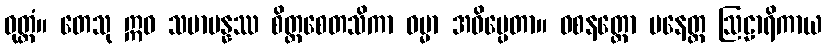
ဝုတ္တံ။ တေသု ဣဓ သမာပန္နဿ စိတ္တစေတသိကာ ဓမ္မာ အဓိပ္ပေတာ။ ဝစနတ္ထော ပနေတ္ထ ဩဠာရိကာယ